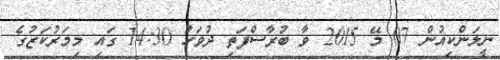
ނީލަންކިއުން 07 މޭ 2015 ވާ ބުރާސްފަތި ދުވަހު 14:30 ގައި މިމަރުކަޒުގެ